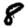
Digit: 8